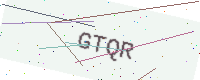
Text: GTQR